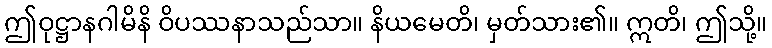
ဤဝုဋ္ဌာနဂါမိနိ ဝိပဿနာသည်သာ။ နိယမေတိ၊ မှတ်သား၏။ ဣတိ၊ ဤသို့။